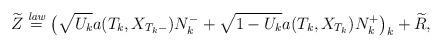
LaTeX: \begin{align*} \widetilde{Z}\stackrel{\mathit{law}} {=}\bigl(\sqrt{U_k}a(T_k,X_{T_k-})N_k^{-}+ \sqrt{1-U_k}a(T_k,X_{T_k})N_k^{+} \bigr)_k + \widetilde{R},\end{align*}